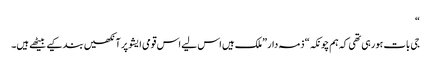
“
جی بات ہورہی تھی کہ ہم چونکہ“ ذمہ دار ”ملک ہیں اس لیے اس قومی ایشو پر آنکھیں بند کیے بیٹھے ہیں۔